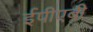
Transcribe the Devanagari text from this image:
ईपीएबी